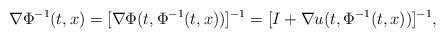
LaTeX: \begin{align*}\nabla \Phi^{-1}(t,x)=[\nabla \Phi(t,\Phi^{-1}(t,x))]^{-1}=[I+\nabla u(t,\Phi^{-1}(t,x))]^{-1},\end{align*}